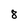
Character: 8